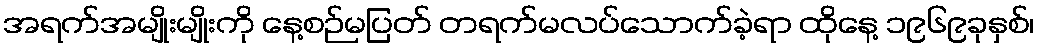
အရက်အမျိုးမျိုးကို နေ့စဉ်မပြတ် တရက်မလပ်သောက်ခဲ့ရာ ထိုနေ့ ၁၉၆၉ခုနှစ်၊